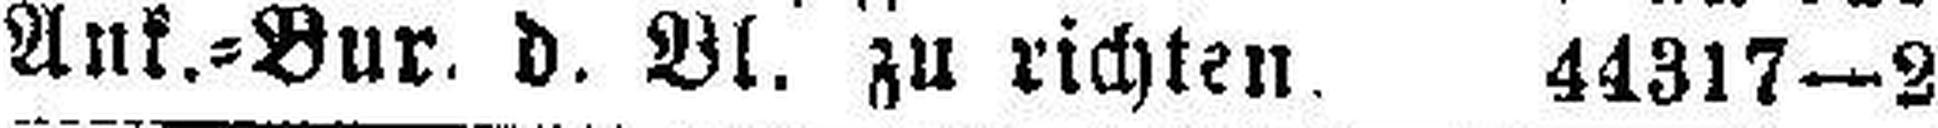
Ank.=Bur. d. Bl. zu richten. 44317—2